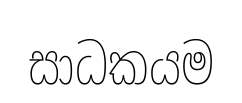
සාධකයම